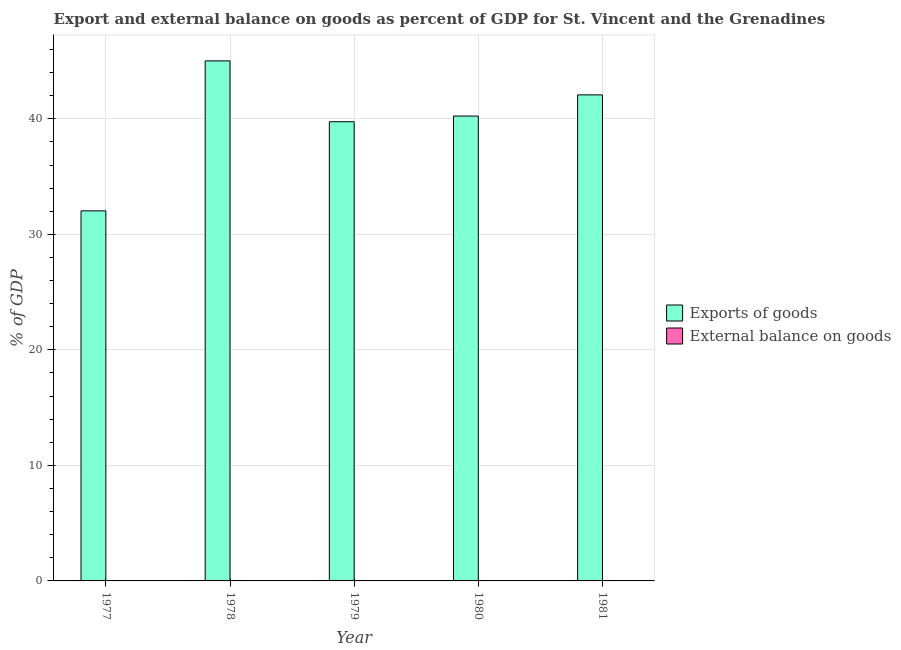
| Year | Exports of goods | External balance on goods |
 | --- | --- | --- |
 | 1977 | 32 | -32.5 |
 | 1978 | 45 | -18.2 |
 | 1979 | 39.8 | -33.3 |
 | 1980 | 40.2 | -36.6 |
 | 1981 | 42.1 | -22.8 |